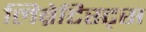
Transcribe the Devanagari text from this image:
लिब्रेटिस्ट्स